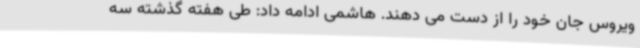
ویروس جان خود را از دست می دهند. هاشمی ادامه داد: طی هفته گذشته سه